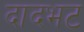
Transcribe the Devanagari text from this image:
दादभट